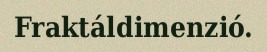
Fraktáldimenzió.